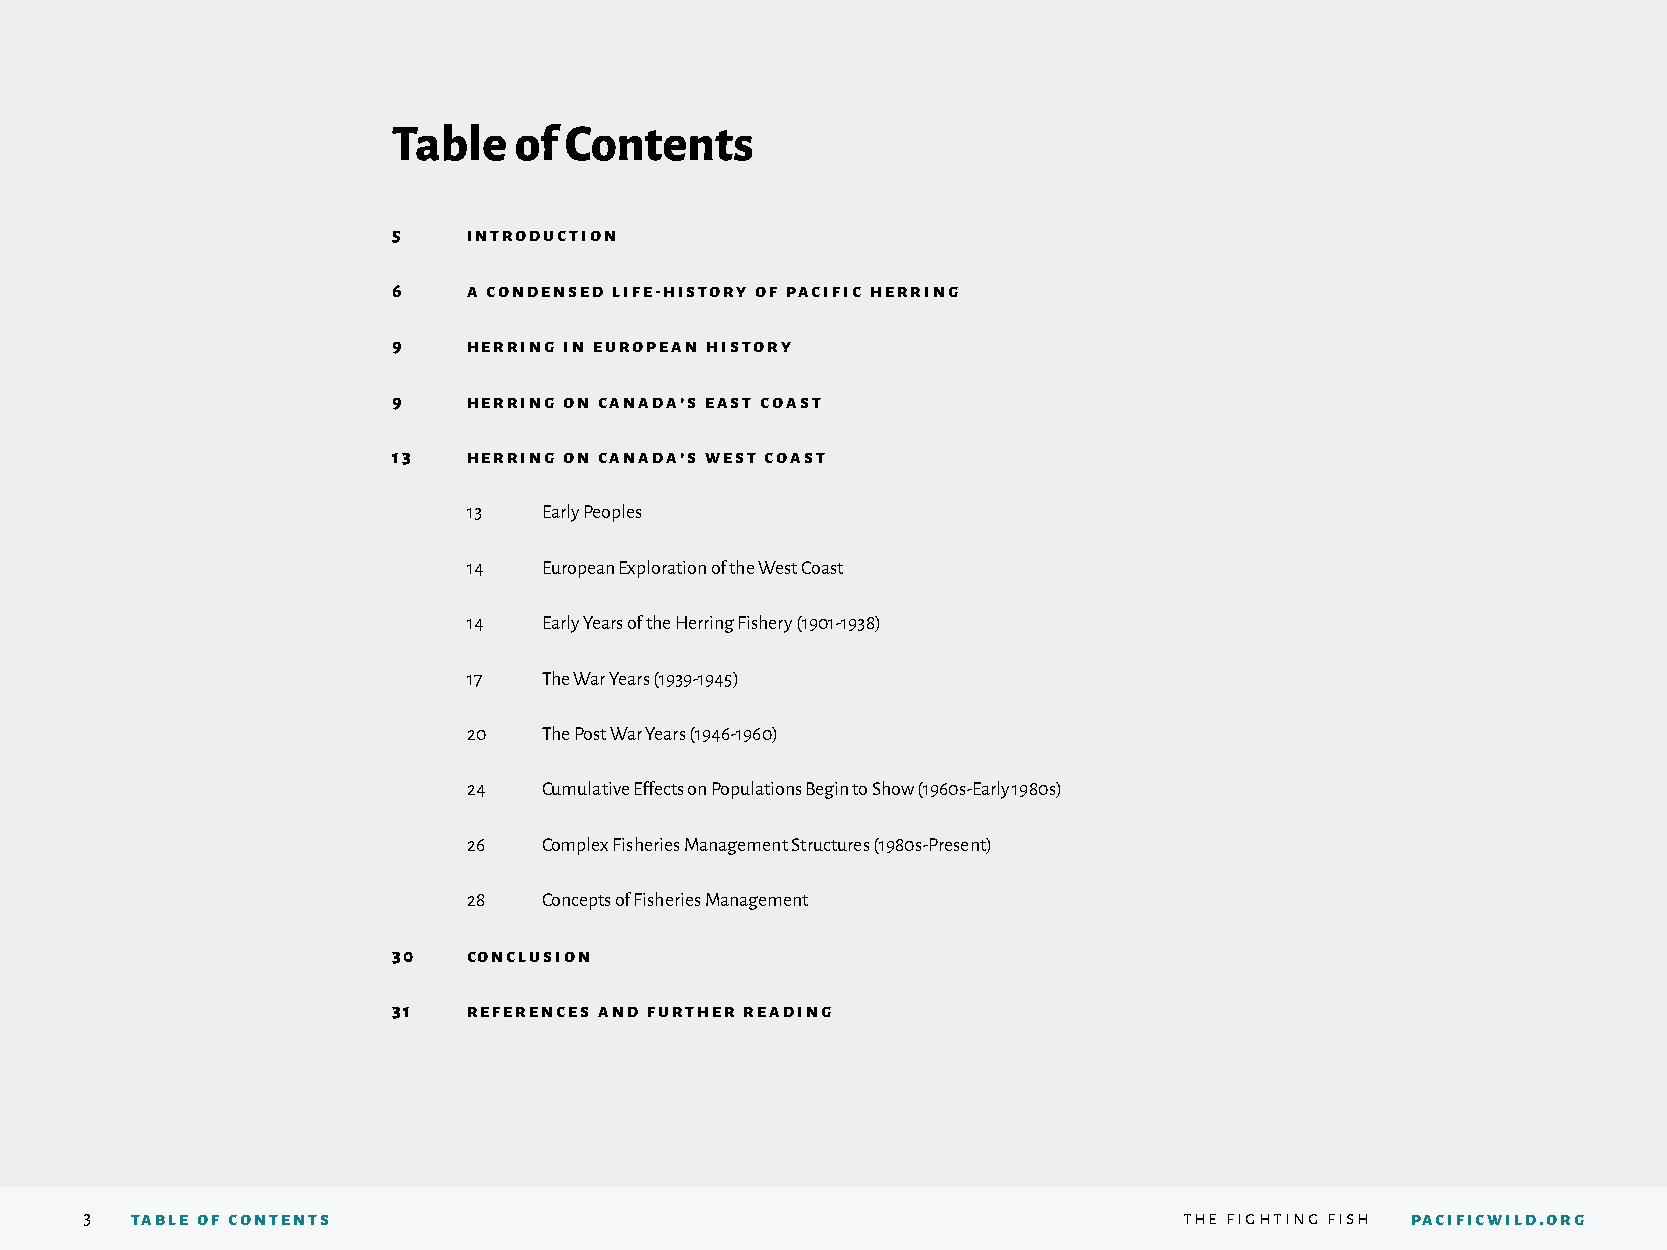
Table   of Contents
 5    introduction
 6    a condensed life-history of pacific herring
 9    herring in european history
 9    herring on canada’s east coast
 13   herring on canada’s west coast
 13   Early Peoples
 14   European Exploration of the West Coast
 14   Early Years of the Herring Fishery (1901-1938)
 17   The War Years (1939-1945)
 20   The Post War Years (1946-1960)
 24   Cumulative Effects on Populations Begin to Show (1960s-Early 1980s)
 26   Complex Fisheries Management Structures (1980s-Present)
 28   Concepts of Fisheries Management
 30   conclusion
 31   references and further reading
 3  table of contents                                                    the fighting fish pacificwild.org